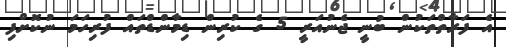
އެ ފަރާތްތަކުން ބުނީ ޖެނުއަރީ 5 ގެ ކުރިން ޑިމާންޑްތައް ފުރިހަމަ ނުކޮށްފި